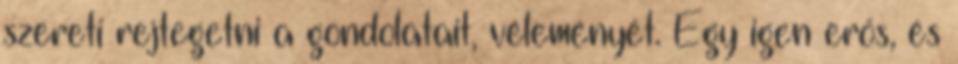
szereti rejtegetni a gondolatait, véleményét. Egy igen erős, és